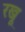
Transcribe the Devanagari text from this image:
रखू